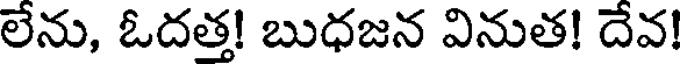
లేను, ఓదత్త! బుధజన వినుత! దేవ!